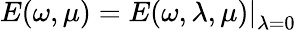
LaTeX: E(\omega,\mu)=\left.E(\omega,\lambda,\mu)\right|_{\lambda=0}